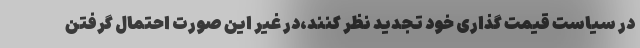
در سیاست قیمت گذاری خود تجدید نظر کنند،در غیر این صورت احتمال گرفتن